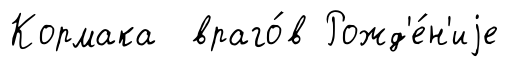
Кормака враго́в Рожд'е́н'иjе